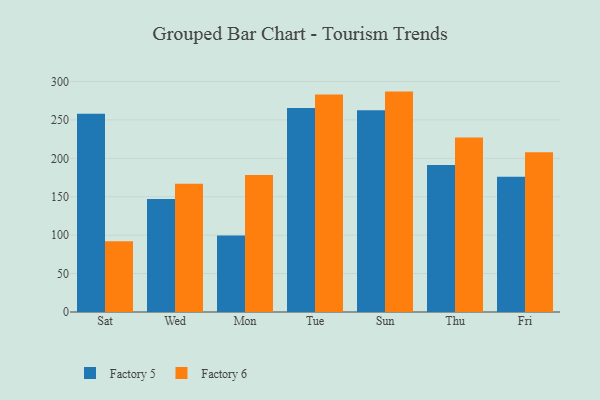
{"axis": {"x": "Day", "y": "Operating Costs (USD K)"}, "legend": ["Factory 5", "Factory 6"], "data": [{"x": "Sat", "y": 258.1, "type": "Factory 5"}, {"x": "Sat", "y": 92.2, "type": "Factory 6"}, {"x": "Wed", "y": 146.9, "type": "Factory 5"}, {"x": "Wed", "y": 167.0, "type": "Factory 6"}, {"x": "Mon", "y": 99.6, "type": "Factory 5"}, {"x": "Mon", "y": 178.2, "type": "Factory 6"}, {"x": "Tue", "y": 265.3, "type": "Factory 5"}, {"x": "Tue", "y": 283.1, "type": "Factory 6"}, {"x": "Sun", "y": 262.4, "type": "Factory 5"}, {"x": "Sun", "y": 286.8, "type": "Factory 6"}, {"x": "Thu", "y": 191.2, "type": "Factory 5"}, {"x": "Thu", "y": 227.0, "type": "Factory 6"}, {"x": "Fri", "y": 176.1, "type": "Factory 5"}, {"x": "Fri", "y": 208.0, "type": "Factory 6"}]}